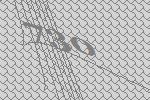
730